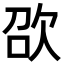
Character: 欩